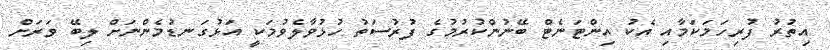
އިތުރު ފުރިހަމަކަމާއި އެކު އިންޓަނެޓް ބޭނުންކުރުމުގެ ފުރުސަތު ހުޅުވާލެވުމަކީ އަޅުގަނޑުމެންނަށް ލިބޭ ވަރަށް